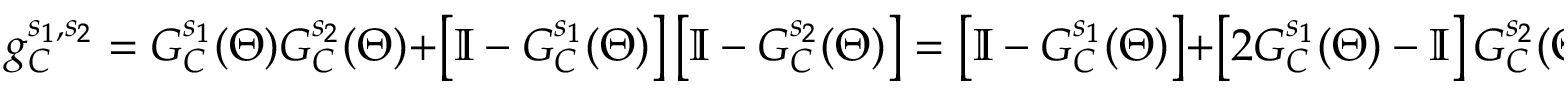
g _ { C } ^ { s _ { 1 } , s _ { 2 } } = G _ { C } ^ { s _ { 1 } } ( \Theta ) G _ { C } ^ { s _ { 2 } } ( \Theta ) + \left[ \mathbb { I } - G _ { C } ^ { s _ { 1 } } ( \Theta ) \right] \left[ \mathbb { I } - G _ { C } ^ { s _ { 2 } } ( \Theta ) \right] = \left[ \mathbb { I } - G _ { C } ^ { s _ { 1 } } ( \Theta ) \right] + \left[ 2 G _ { C } ^ { s _ { 1 } } ( \Theta ) - \mathbb { I } \right] G _ { C } ^ { s _ { 2 } } ( \Theta ) ,